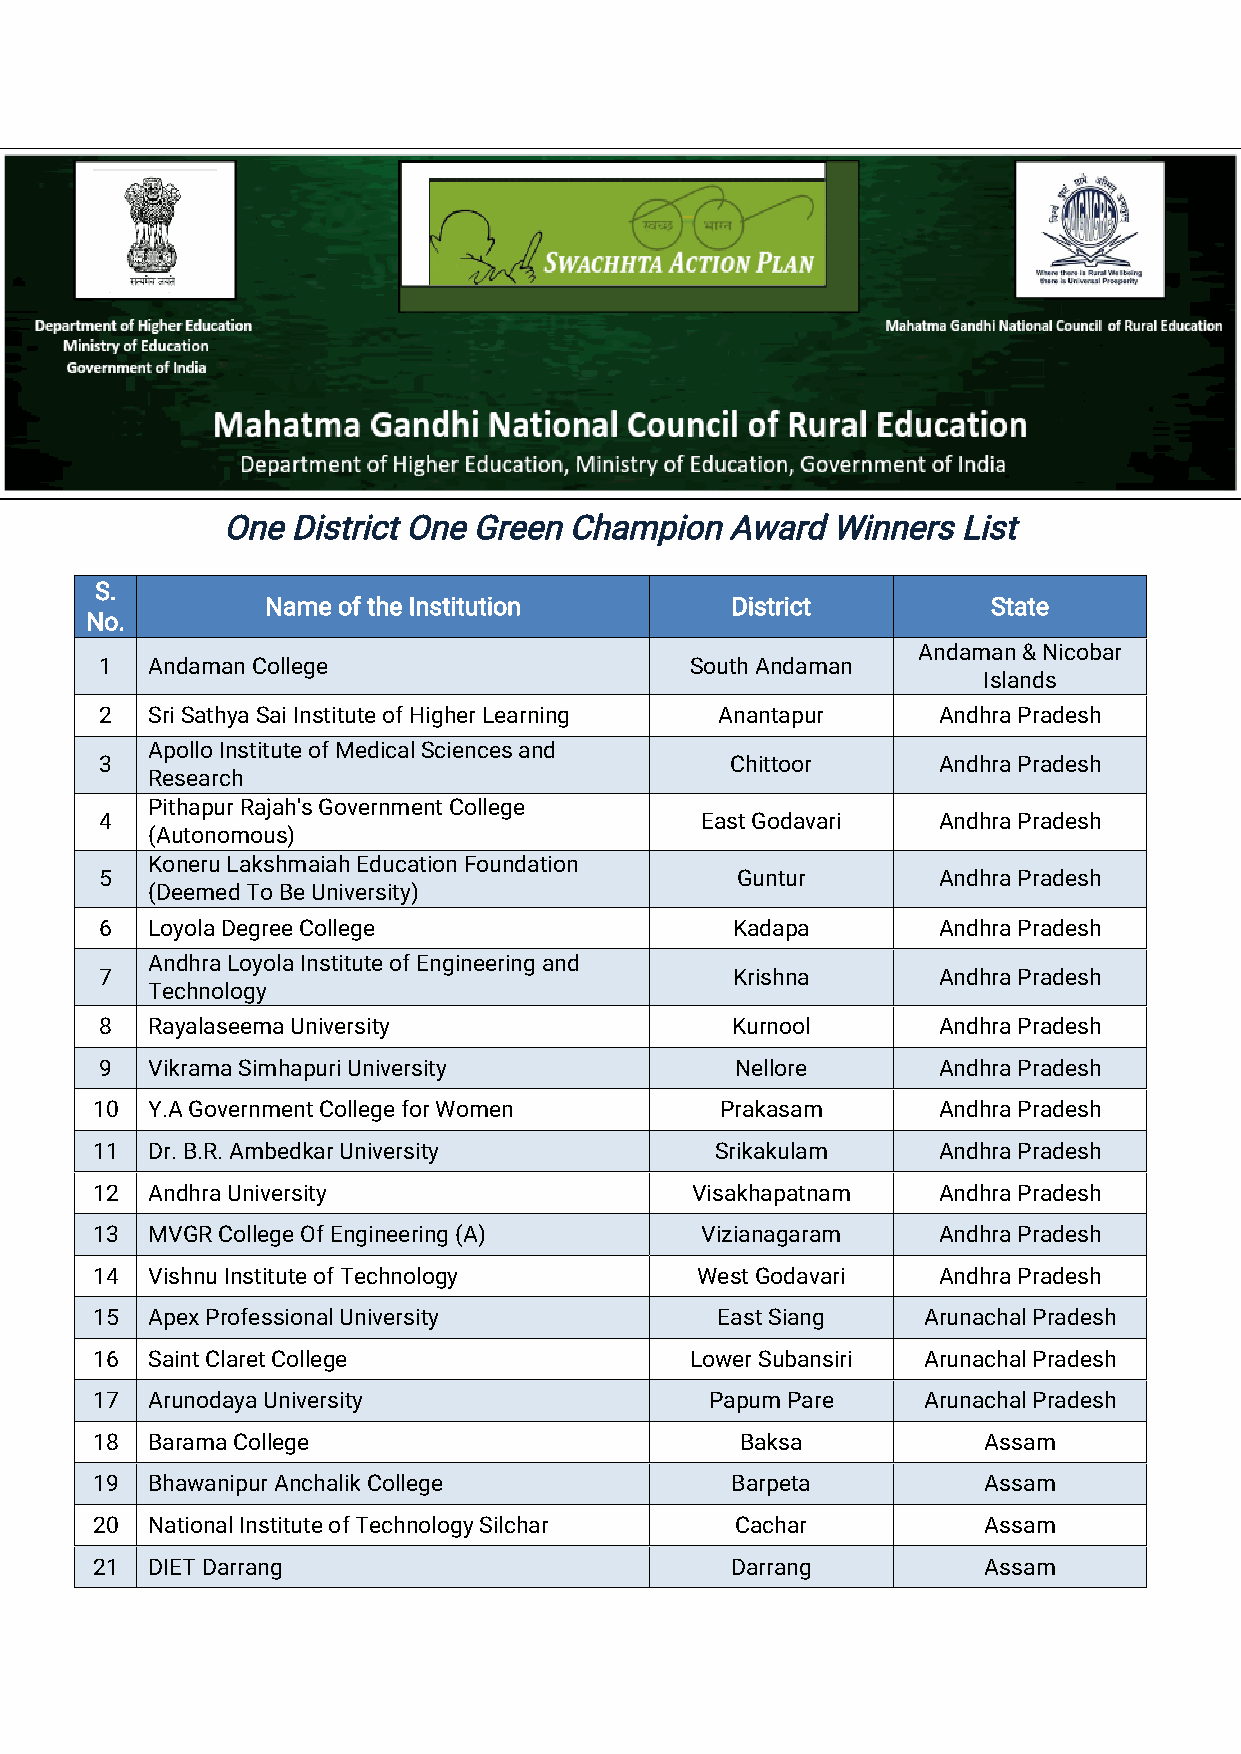
OneDistrictOneGreenChampionAwardWinnersList
 S.
 NameoftheInstitution          District          State
 No.
 Andaman&Nicobar
 1  AndamanCollege                      SouthAndaman
 Islands
 2  SriSathyaSaiInstituteofHigherLearning Anantapur     AndhraPradesh
 ApolloInstituteofMedicalSciencesand
 3                                        Chittoor      AndhraPradesh
 Research
 PithapurRajah'sGovernmentCollege
 4                                      EastGodavari    AndhraPradesh
 (Autonomous)
 KoneruLakshmaiahEducationFoundation
 5                                         Guntur       AndhraPradesh
 (DeemedToBeUniversity)
 6  LoyolaDegreeCollege                   Kadapa        AndhraPradesh
 AndhraLoyolaInstituteofEngineeringand
 7                                        Krishna       AndhraPradesh
 Technology
 8  RayalaseemaUniversity                 Kurnool       AndhraPradesh
 9  VikramaSimhapuriUniversity             Nellore      AndhraPradesh
 10  Y.AGovernmentCollegeforWomen          Prakasam      AndhraPradesh
 11  Dr.B.R.AmbedkarUniversity            Srikakulam     AndhraPradesh
 12  AndhraUniversity                    Visakhapatnam   AndhraPradesh
 13  MVGRCollegeOfEngineering(A)         Vizianagaram    AndhraPradesh
 14  VishnuInstituteofTechnology         WestGodavari    AndhraPradesh
 15  ApexProfessionalUniversity           EastSiang     ArunachalPradesh
 16  SaintClaretCollege                  LowerSubansiri ArunachalPradesh
 17  ArunodayaUniversity                  PapumPare     ArunachalPradesh
 18  BaramaCollege                          Baksa           Assam
 19  BhawanipurAnchalikCollege             Barpeta          Assam
 20  NationalInstituteofTechnologySilchar   Cachar          Assam
 21  DIETDarrang                           Darrang          Assam